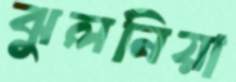
ঝুলনিয়া